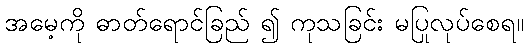
အမေ့ကို ဓာတ်ရောင်ခြည် ၍ ကုသခြင်း မပြုလုပ်စေရ။